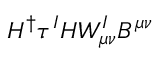
H ^ { \dag } \tau ^ { I } H W _ { \mu \nu } ^ { I } B ^ { \mu \nu }